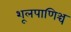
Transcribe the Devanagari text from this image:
शूलपाणिञ्च